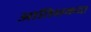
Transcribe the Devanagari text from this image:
आतिशकदा